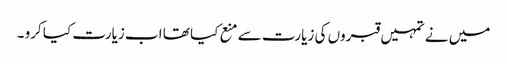
میں نے تمہیں قبروں کی زیارت سے منع کیا تھا اب زیارت کیا کرو ۔